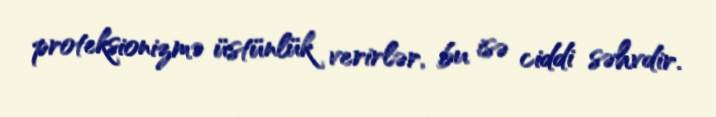
proteksionizmə üstünlük verirlər, bu isə ciddi səhvdir.